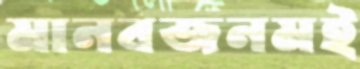
মানবজনমই